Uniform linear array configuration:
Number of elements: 12
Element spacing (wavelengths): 0.5
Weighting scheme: cosine
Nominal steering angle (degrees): -45
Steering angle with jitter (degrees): -44.779
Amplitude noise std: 0.05
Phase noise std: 0.05

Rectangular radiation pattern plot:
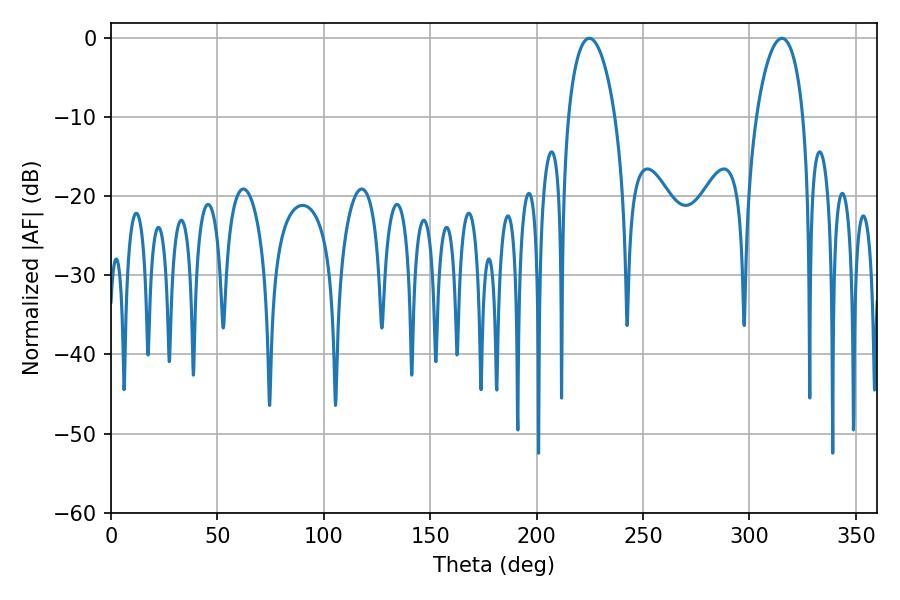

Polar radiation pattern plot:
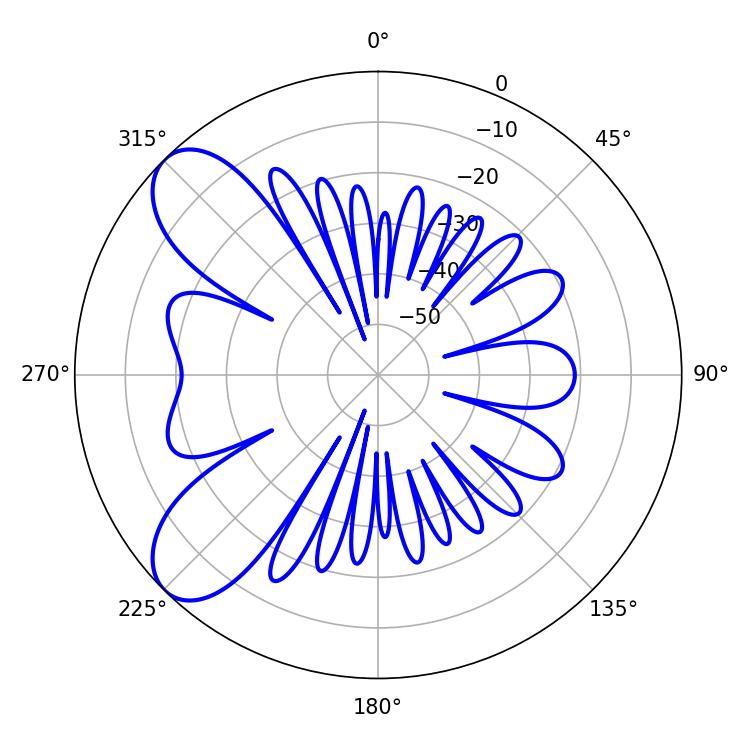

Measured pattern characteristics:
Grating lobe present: FALSE
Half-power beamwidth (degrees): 12.42
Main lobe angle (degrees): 224.82